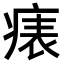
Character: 𤷶